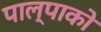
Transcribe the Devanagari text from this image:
पाल्पाको